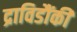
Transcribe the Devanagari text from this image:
द्राविडौंकी